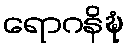
ရောဂနိဍ္ဎံ